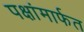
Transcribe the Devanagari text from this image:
पक्षांमार्फत